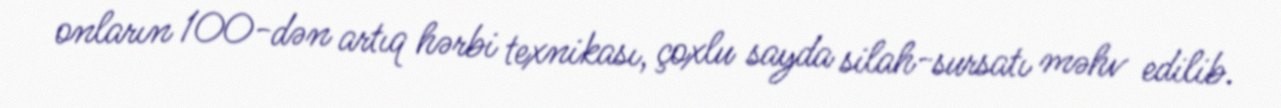
onların 100-dən artıq hərbi texnikası, çoxlu sayda silah-sursatı məhv edilib.